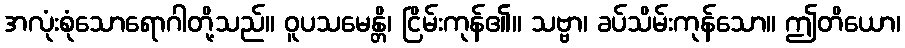
အလုံးစုံသောရောဂါတို့သည်။ ဝူပသမေန္တိ၊ ငြိမ်းကုန်၏။ သဗ္ဗာ၊ ခပ်သိမ်းကုန်သော။ ဤတိယော၊